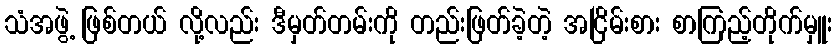
သံအဖွဲ့ ဖြစ်တယ် လို့လည်း ဒီမှတ်တမ်းကို တည်းဖြတ်ခဲ့တဲ့ အငြိမ်းစား စာကြည့်တိုက်မှူး